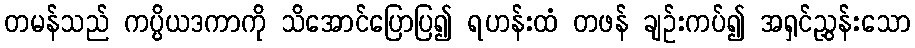
တမန်သည် ကပ္ပိယဒကာကို သိအောင်ပြောပြ၍ ရဟန်းထံ တဖန် ချဉ်းကပ်၍ အရှင်ညွှန်းသော